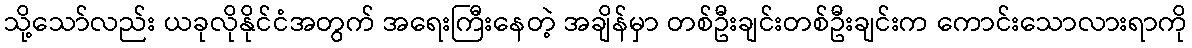
သို့သော်လည်း ယခုလိုနိုင်ငံအတွက် အရေးကြီးနေတဲ့ အချိန်မှာ တစ်ဦးချင်းတစ်ဦးချင်းက ကောင်းသောလားရာကို